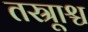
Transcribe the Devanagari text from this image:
तस्रूाश्च